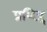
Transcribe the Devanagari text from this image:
प्रशिद्दं